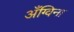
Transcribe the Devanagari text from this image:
अँग्विना